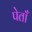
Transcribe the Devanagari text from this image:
पेताँ